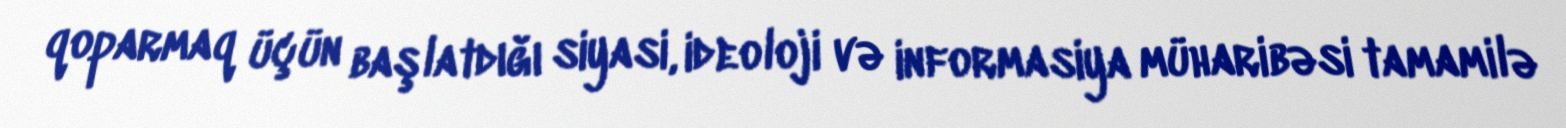
qoparmaq üçün başlatdığı siyasi, ideoloji və informasiya müharibəsi tamamilə